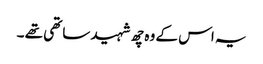
یہ اس کے وہ چھ شہید ساتھی تھے ۔